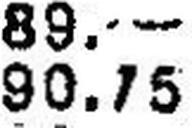
90.75